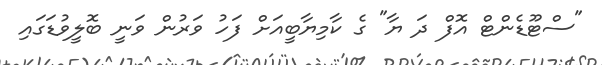
"ސްޓޫޑެންޓް އޮފް ދަ ޔާ" ގެ ކާމިޔާބީއަށް ފަހު ވަރުން ވަނީ ބޮލީވުޑަގައި